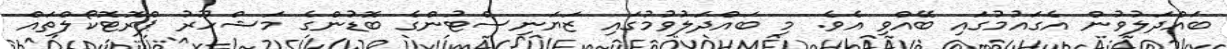
ބައްދަލުވުން އެގައުމުގައި ބޭއްވި އެވެ. މި ބައްދަލުވުމުގައި ޒަޔަނިސްޓުންގެ ބޮޑުންގެ މަޝްހޫރު ޕްރޮޓޮކޯލްތައް